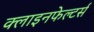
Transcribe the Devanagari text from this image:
क्लाइनफेल्टर्स